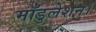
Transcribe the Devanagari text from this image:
मॉडुलेशन।